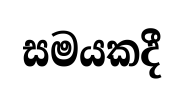
සමයකදී